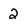
Character: 2